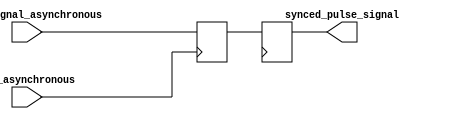
module Pulse_synchronizer (
    input wire clk_asynchronous,
    input wire pulse_signal_asynchronous,
    output reg synced_pulse_signal
);

reg pulse_signal_sync;
always @(posedge clk_asynchronous) begin
    pulse_signal_sync <= pulse_signal_asynchronous;
end

always @(posedge clk_target) begin
    synced_pulse_signal <= pulse_signal_sync;
end

endmodule